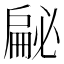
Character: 𱟣